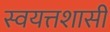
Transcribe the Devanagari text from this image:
स्वयत्तशासी